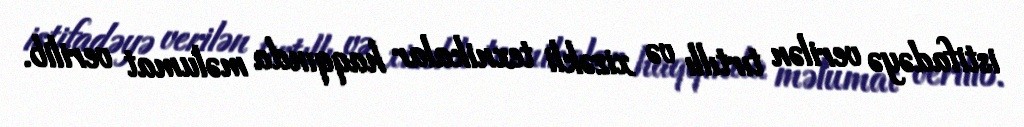
istifadəyə verilən tırtıllı və xizəkli texnikalar haqqında məlumat verilib.